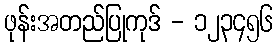
ဖုန်းအတည်ပြုကုဒ် - ၁၂၃၄၅၆